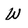
Character: W